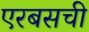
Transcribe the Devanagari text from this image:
एरबसची